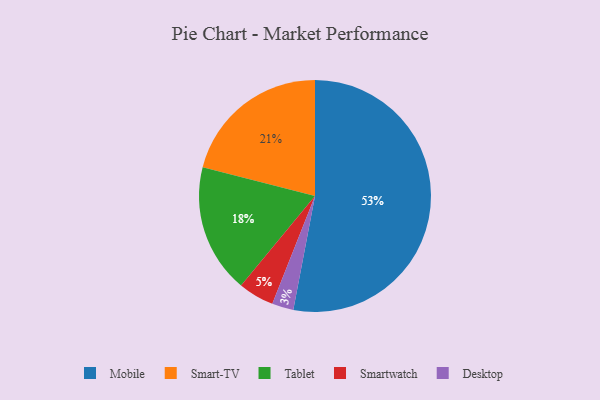
{"axis": {"x": "Category", "y": "Percentage"}, "legend": ["Desktop", "Mobile", "Smart-TV", "Smartwatch", "Tablet"], "data": [{"x": "Smartwatch", "y": 5, "type": "Smartwatch"}, {"x": "Desktop", "y": 3, "type": "Desktop"}, {"x": "Mobile", "y": 53, "type": "Mobile"}, {"x": "Tablet", "y": 18, "type": "Tablet"}, {"x": "Smart-TV", "y": 21, "type": "Smart-TV"}]}